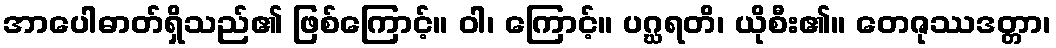
အာပေါဓာတ်ရှိသည်၏ ဖြစ်ကြောင့်။ ဝါ၊ ကြောင့်။ ပဂ္ဃရတိ၊ ယိုစီး၏။ တေဇုဿဒတ္တာ၊